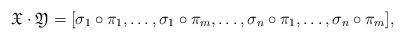
LaTeX: \begin{align*} \mathfrak{X}\cdot\mathfrak{Y} = [\sigma_{1}\circ\pi_{1},\dots,\sigma_{1}\circ\pi_{m},\dots,\sigma_{n}\circ\pi_{1},\dots,\sigma_{n}\circ\pi_{m}],\end{align*}